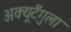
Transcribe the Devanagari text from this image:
अक्यूटँगुला